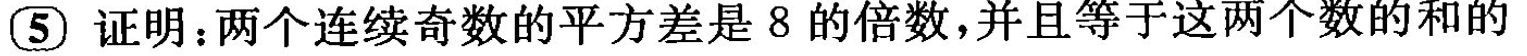
5 证明：两个连续奇数的平方差是8的倍数，并且等于这两个数的和的